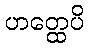
ဟတ္ထေပိ